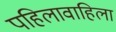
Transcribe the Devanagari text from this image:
पहिलावाहिला